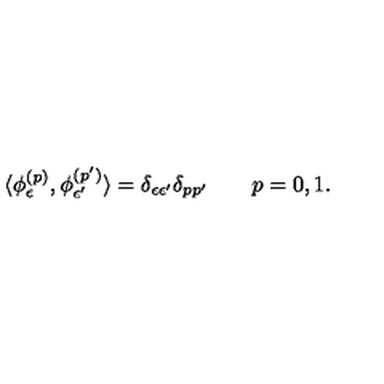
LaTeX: \langle \phi _ { \epsilon } ^ { ( p ) } , \phi _ { \epsilon ^ { \prime } } ^ { ( p ^ { \prime } ) } \rangle = \delta _ { \epsilon \epsilon ^ { \prime } } \delta _ { p p ^ { \prime } } \qquad p = 0 , 1 .